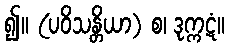
၍။ (ပဝိသန္တိယာ) စ၊ ဒုက္ကဋံ။